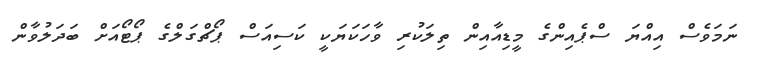
ނަމަވެސް އިއްޔަ ސްޕެއިންގެ މީޑިއާއިން ތިލަކުރި ވާހަކަޔަކީ ކަސިއަސް ޕޯޗްގަލްގެ ޕޯޓޯއަށް ބަދަލުވާން